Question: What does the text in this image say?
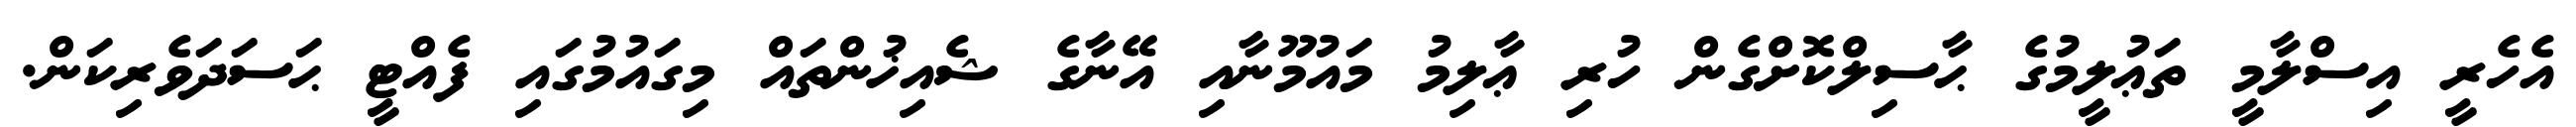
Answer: އެހެރީ އިސްލާމީ ތަޢުލީމުގެ ޙާސިލްކޮށްގެން ހުރި ޢާލިމު މައުމޫނާއި އޭނާގެ ޝެއިޚުންތައް މިގައުމުގައި ފެއްޓީ ޙަސަދަވެރިކަން.